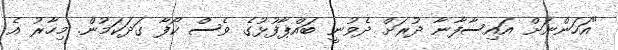
"އަހަންނަށް އައިސާފާނާ ދުރަށް ދެވުނީ ބައްޕާފުޅުގެ ވެސް ކޯފާ ގަދަކަމުން. މިހާރު އެ